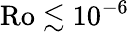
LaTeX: \mathrm{Ro}\lesssim 10^{-6}